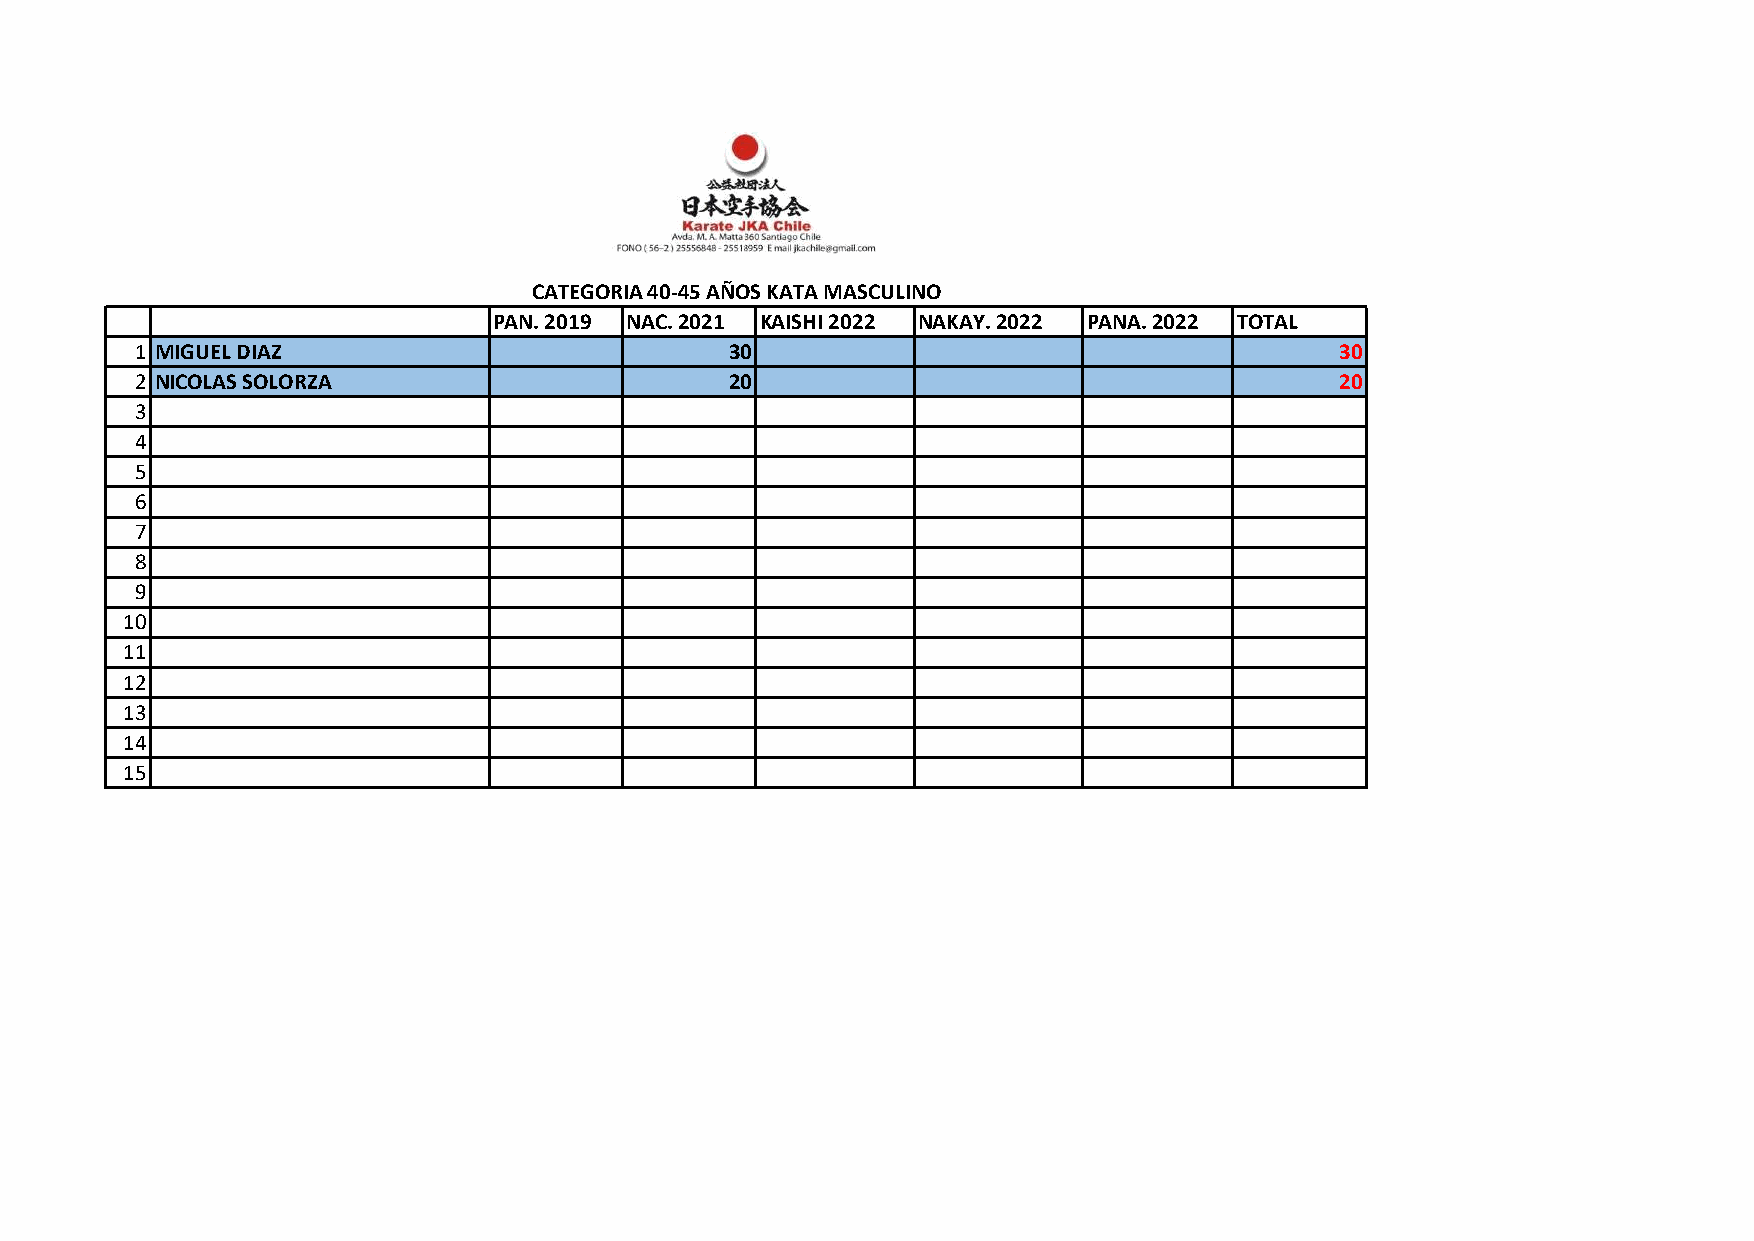
CATEGORIA 40-45 AÑOS KATA MASCULINO
 PAN. 2019 NAC. 2021 KAISHI 2022 NAKAY. 2022 PANA. 2022 TOTAL
 1 MIGUEL DIAZ                          30                                       30
 2 NICOLAS SOLORZA                      20                                       20
 3
 4
 5
 6
 7
 8
 9
 10
 11
 12
 13
 14
 15